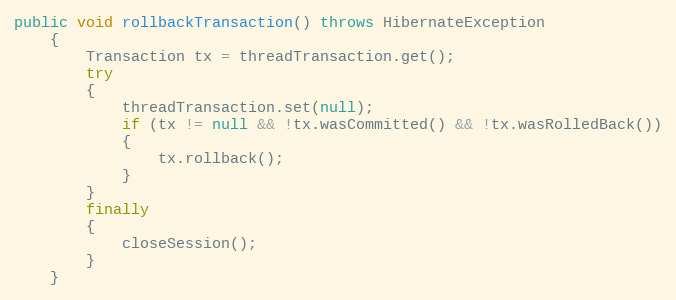
Language: Java
public void rollbackTransaction() throws HibernateException
    {
        Transaction tx = threadTransaction.get();
        try
        {
            threadTransaction.set(null);
            if (tx != null && !tx.wasCommitted() && !tx.wasRolledBack())
            {
                tx.rollback();
            }
        }
        finally
        {
            closeSession();
        }
    }